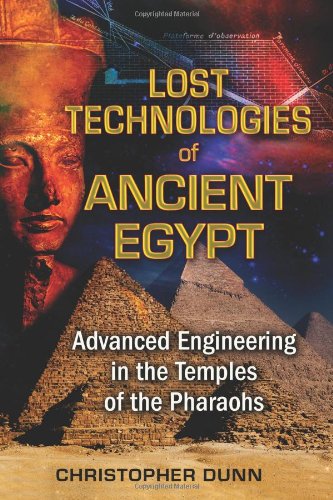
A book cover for Lost Technologies of Ancient Egypt: Advanced Engineering in the Temples of the Pharaohs; Christopher Dunn; History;